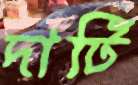
দাটি